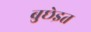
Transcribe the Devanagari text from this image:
बुछेइत